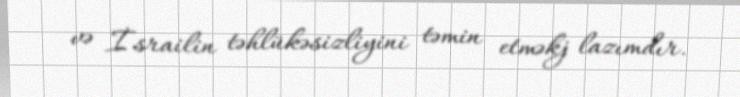
və İsrailin təhlükəsizliyini təmin etməkj lazımdır.